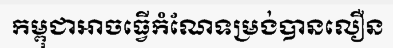
កម្ពុជាអាចធ្វើកំណែទម្រង់បានលឿន